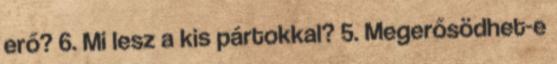
erő? 6. Mi lesz a kis pártokkal? 5. Megerősödhet-e